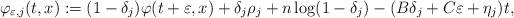
LaTeX: \begin{align*}\varphi_{\varepsilon,j}(t,x):= (1-\delta_j) \varphi(t+\varepsilon, x) + \delta_j \rho_j + n \log (1 - \delta_j) - (B \delta_j + C\varepsilon+ \eta_j)t,\end{align*}